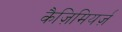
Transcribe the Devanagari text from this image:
कैज़िमियर्ज़